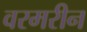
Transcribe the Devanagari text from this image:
वरमरीन